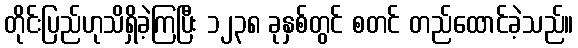
တိုင်းပြည်ဟုသိရှိခဲ့ကြပြီး ၁၂၃၈ ခုနှစ်တွင် စတင် တည်ထောင်ခဲ့သည်။